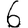
Digit: 6